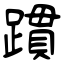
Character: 躀